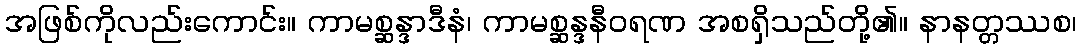
အဖြစ်ကိုလည်းကောင်း။ ကာမစ္ဆန္ဒာဒီနံ၊ ကာမစ္ဆန္ဒနီဝရဏ အစရှိသည်တို့၏။ နာနတ္တဿစ၊